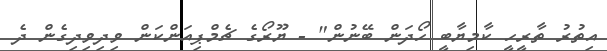
އިތުރު ތާރީހީ ކާމިޔާބީ ހޯދަން ބޭނުން" - ޔޫރޯގެ ޗެމްޕިއަންކަން ވިދިވިދިގެން ދެ